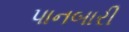
પાનબારી